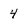
Character: 4